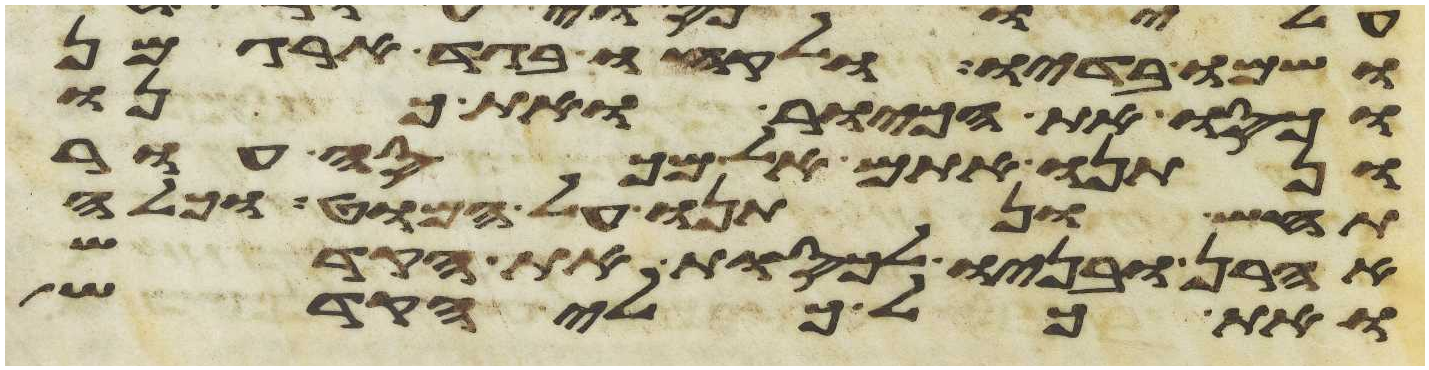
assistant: ושמו בדיו ולקחו בגד ארגמן
וכסו את הכיור ואת כנו
ונתנו אתם אל מכסה עור
תחש ונתנו על המוט וכלה
אהרן ובניו לכסות את הקדש
ואת כל כלי הקדש